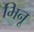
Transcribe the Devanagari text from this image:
भिनू